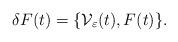
LaTeX: \begin{align*}\delta F(t) = \{\mathcal V_\varepsilon(t), F(t)\}.\end{align*}